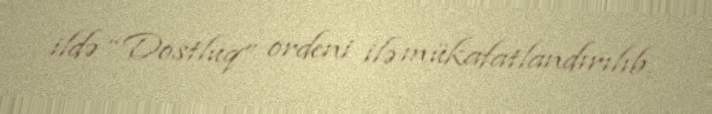
ildə “Dostluq” ordeni ilə mükafatlandırılıb.